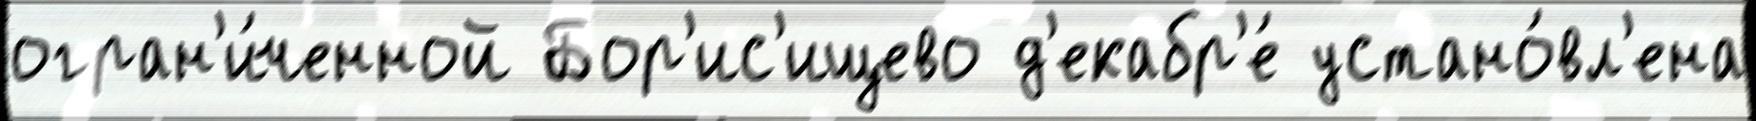
огран'и́ченной Бор'ис'ищево д'екабр'е́ устано́вл'ена